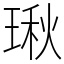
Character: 𤧐